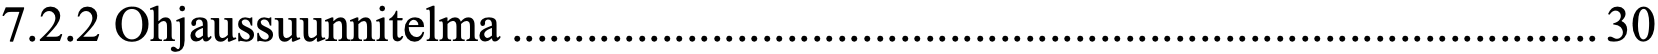
7.2.2 Ohjaussuunnitelma ....................................................................................... 30